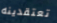
تعتقدينه